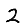
Digit: 2